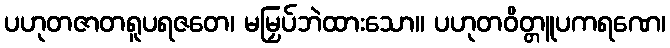
ပဟုတဇာတရူပရဇတေ၊ မမြှပ်ဘဲထားသော။ ပဟုတဝိတ္တူပကရဏေ၊